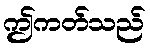
ဤကတ်သည်